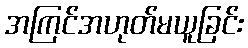
အကြင်အဟုတ်မယူခြင်း